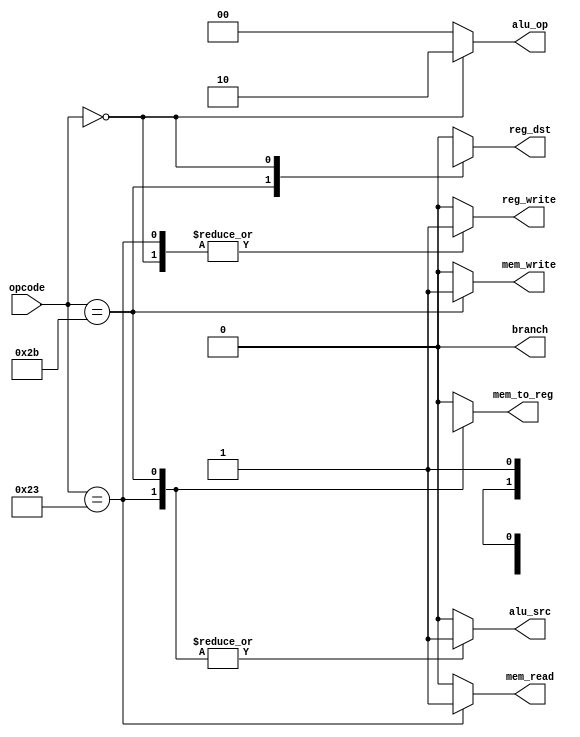
module ControlUnit(
    input [5:0] opcode,
    output reg_dst,
    output alu_src,
    output mem_to_reg,
    output reg_write,
    output mem_read,
    output mem_write,
    output branch,
    output [1:0] alu_op
);
    // Control signals logic based on opcode
    parameter LW = 6'b100011;
    parameter SW = 6'b101011;
    parameter R_TYPE = 6'b000000;

    always @(*) begin
        case (opcode)
            LW: begin
                reg_dst = 1'b0;
                alu_src = 1'b1;
                mem_to_reg = 1'b1;
                reg_write = 1'b1;
                mem_read = 1'b1;
                mem_write = 1'b0;
                branch = 1'b0;
                alu_op = 2'b00;
            end
            SW: begin
                reg_dst = 1'bx;
                alu_src = 1'b1;
                mem_to_reg = 1'bx;
                reg_write = 1'b0;
                mem_read = 1'b0;
                mem_write = 1'b1;
                branch = 1'b0;
                alu_op = 2'b00;
            end
            R_TYPE: begin
                reg_dst = 1'b1;
                alu_src = 1'b0;
                mem_to_reg = 1'b0;
                reg_write = 1'b1;
                mem_read = 1'b0;
                mem_write = 1'b0;
                branch = 1'b0;
                alu_op = 2'b10;
            end
            default: begin
                reg_dst = 1'b0;
                alu_src = 1'b0;
                mem_to_reg = 1'b0;
                reg_write = 1'b0;
                mem_read = 1'b0;
                mem_write = 1'b0;
                branch = 1'b0;
                alu_op = 2'b00;
            end
        endcase
    end
endmodule